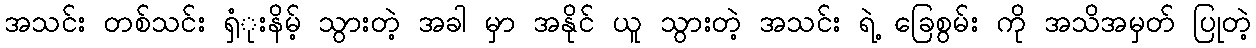
အသင်း တစ်သင်း ရှံုးနိမ့် သွားတဲ့ အခါ မှာ အနိုင် ယူ သွားတဲ့ အသင်း ရဲ့ ခြေစွမ်း ကို အသိအမှတ် ပြုတဲ့